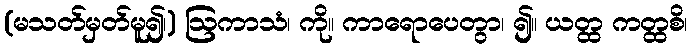
(မသတ်မှတ်မူ၍၊) ဩကာသံ၊ ကို။ ကာရောပေတွာ၊ ၍။ ယတ္ထ ကတ္ထစိ၊